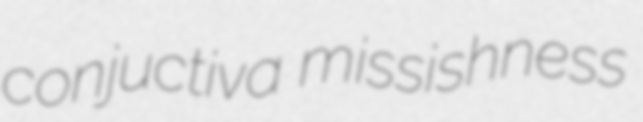
conjuctiva missishness